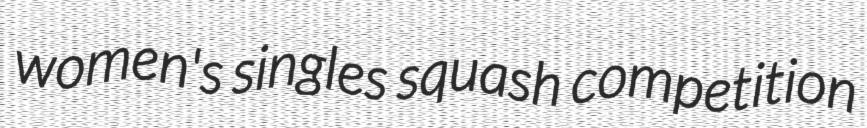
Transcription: women's singles squash competition